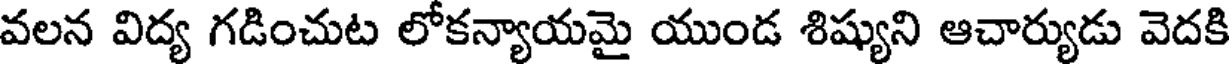
వలన విద్య గడించుట లోకన్యాయమై యుండ శిష్యుని ఆచార్యుడు వెదకి